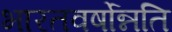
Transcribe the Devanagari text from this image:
भारतवर्षोन्नति